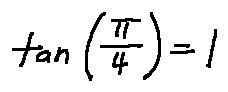
\tan ( \frac { \pi } { 4 } ) = 1